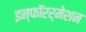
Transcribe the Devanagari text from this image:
इन्फाॅरर्मेशन